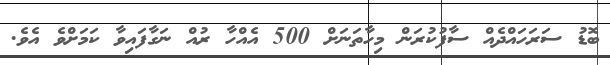
ބޮޑު ސަރަހައްދެއް ސާފުކުރަން މިހާތަނަށް 500 އެއްހާ ރުއް ނަގާފައިވާ ކަމަށްވެ އެވެ.